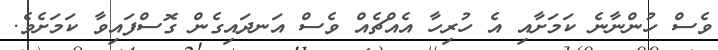
ވެސް ހުންނާނެ ކަމަށާއި އެ ހުރިހާ އެއްޗެއް ވެސް އަނދައިގެން ގޮސްފައިވާ ކަމަށެވެ.